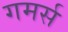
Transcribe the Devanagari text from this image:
गमर्स